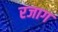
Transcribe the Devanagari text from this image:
रजाग